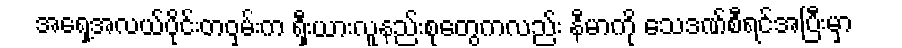
အရှေ့အလယ်ပိုင်းတဝှမ်းက ရှီးယားလူနည်းစုတွေကလည်း နီမာကို သေဒဏ်စီရင်အပြီးမှာ